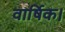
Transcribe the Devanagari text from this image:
वार्षिक।